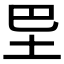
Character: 𡉷